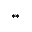
* *